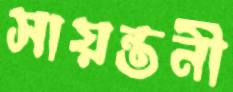
সায়ন্তনী